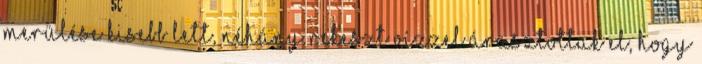
merülése kisebb lett, néhány rekeszt vízzel árasztottak el, hogy